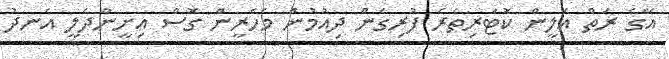
އޭގެ ރަތް އަލީން ކޮޓަރިތެރެ ފުރިގެން ދިއުމުން މެހެރީން ގޮސް އިށީންދެލީ އެނދު